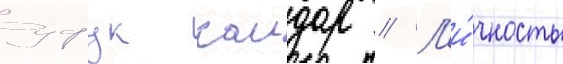
уфук каидар // Л'и́чность